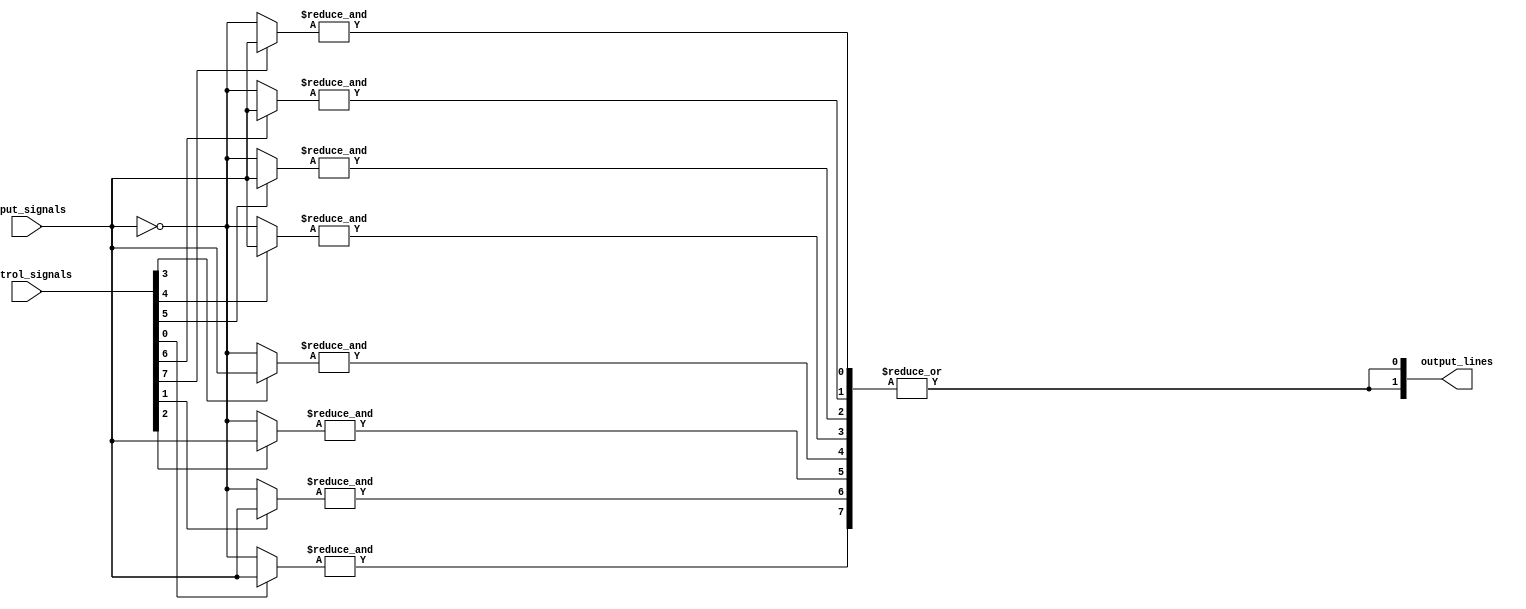
module FusedPAL (
    input  wire [N-1:0] input_signals, // N input lines
    input  wire [M-1:0] control_signals, // Control signals for programming
    output wire [P-1:0] output_lines // P output lines
);

parameter N = 4; // Number of input lines
parameter M = 8; // Number of AND gates
parameter P = 2; // Number of output lines

// Programmable AND array: M AND gates
wire [M-1:0] and_output; // Outputs of AND gates
genvar i, j;

// Declare the AND gates
generate
    for (i = 0; i < M; i = i + 1) begin : and_gates
        wire [N-1:0] and_inputs;
        // Implementing programmable inputs based on control signals
        assign and_inputs = control_signals[i] ? input_signals : ~input_signals; // Example logic; adjust as needed
        assign and_output[i] = &and_inputs; // AND operation
    end
endgenerate

// Fused OR array: P outputs
generate
    for (j = 0; j < P; j = j + 1) begin : or_gates
        // Example assumption: each output can take inputs from a subset of AND gates
        wire [M-1:0] or_input; 
        assign or_input = {and_output[0], and_output[1], and_output[2], and_output[3],
                           and_output[4], and_output[5], and_output[6], and_output[7]};
        
        // Example logic for output; customize as needed
        assign output_lines[j] = |or_input; // OR operation for this example
    end
endgenerate

endmodule